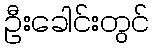
ဦးခေါင်းတွင်